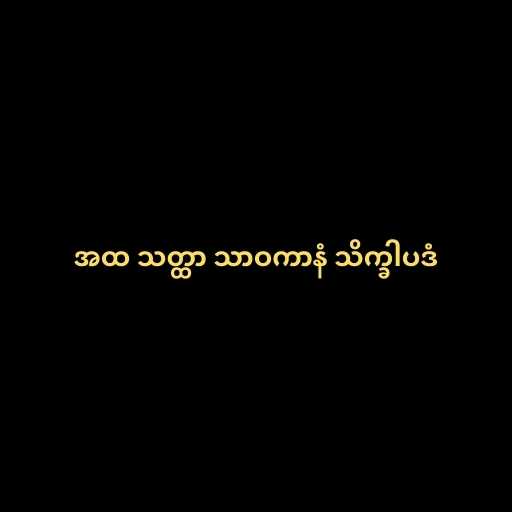
အထ သတ္ထာ သာဝကာနံ သိက္ခါပဒံ